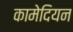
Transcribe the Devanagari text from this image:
कामेदियन